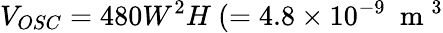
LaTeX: V_{OSC}=480W^{2}H~(=4.8\times 10^{-9}~\mathrm{~m~}^{3}